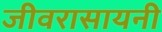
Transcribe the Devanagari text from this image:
जीवरासायनी